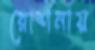
রোশনায়